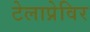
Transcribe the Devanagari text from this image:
टेलाप्रेविर